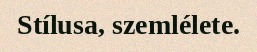
Stílusa, szemlélete.